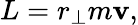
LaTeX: L=r_{\perp}m\mathbf{v},